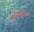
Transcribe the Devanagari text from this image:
सोसिजीनीस